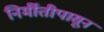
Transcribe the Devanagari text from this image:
निर्मीतीपासून